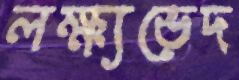
লক্ষ্যভেদ